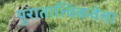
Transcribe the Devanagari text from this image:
पुरातात्त्विकवेत्ता